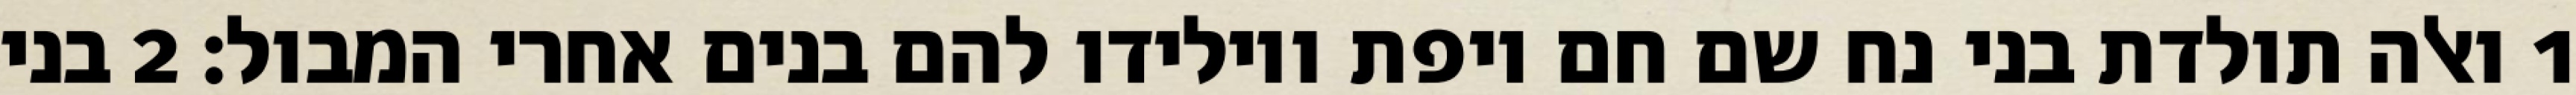
1 ואלה תולדת בני נח שם חם ויפת ויולידו להם בנים אחרי המבול׃ ‎2‏ בני